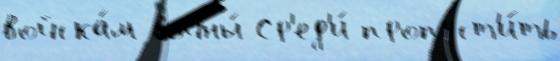
войска́м войны́ Ср'ед'и́ пропуст'и́ть